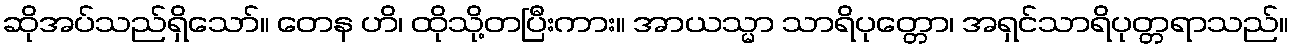
ဆိုအပ်သည်ရှိသော်။ တေန ဟိ၊ ထိုသို့တပြီးကား။ အာယသ္မာ သာရိပုတ္တော၊ အရှင်သာရိပုတ္တရာသည်။